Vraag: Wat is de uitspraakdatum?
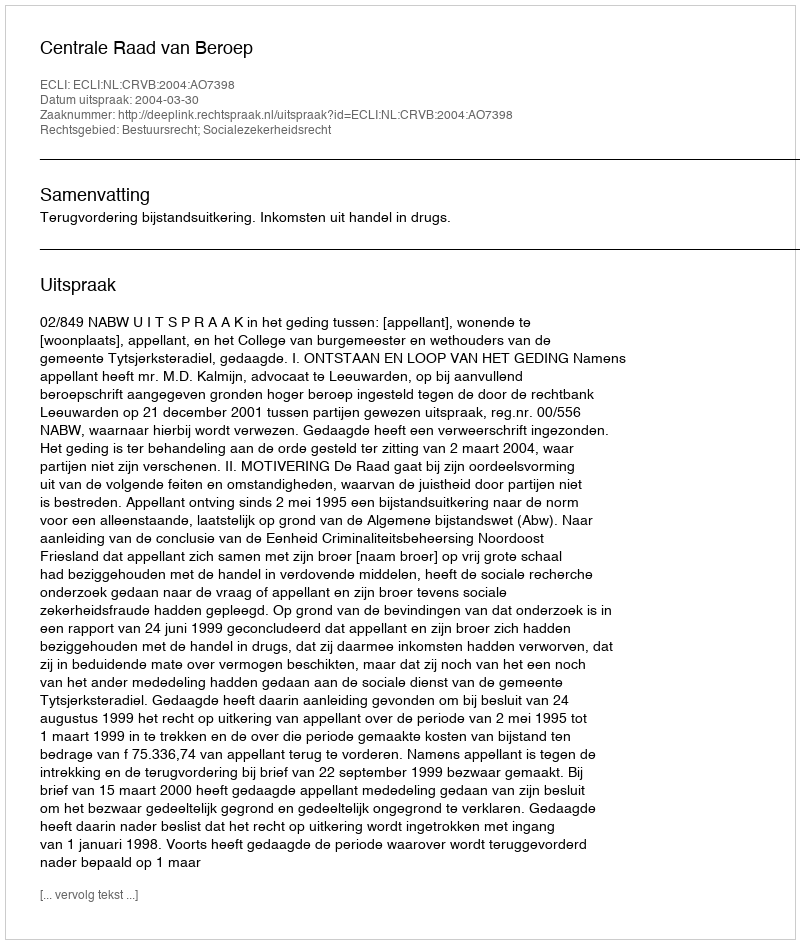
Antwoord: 2004-03-30